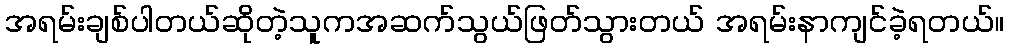
အရမ်းချစ်ပါတယ်ဆိုတဲ့သူကအဆက်သွယ်ဖြတ်သွားတယ် အရမ်းနာကျင်ခဲ့ရတယ်။